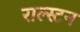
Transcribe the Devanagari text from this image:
राल्स्टन